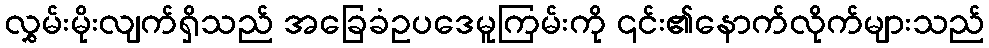
လွှမ်းမိုးလျက်ရှိသည် အခြေခံဥပဒေမူကြမ်းကို ၎င်း၏နောက်လိုက်များသည်